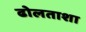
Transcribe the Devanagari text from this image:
ढोलताशा